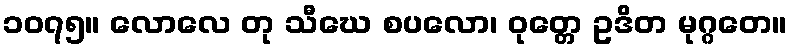
၁၀၇၅။ လောလေ တု သီဃေ စပလော၊ ဝုတ္တေ ဥဒိတ မုဂ္ဂတေ။